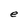
Character: e